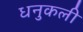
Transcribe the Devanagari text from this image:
धनुकली